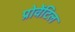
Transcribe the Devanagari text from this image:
प्रोवेंटिल